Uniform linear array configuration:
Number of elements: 24
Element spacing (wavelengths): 0.75
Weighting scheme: binomial
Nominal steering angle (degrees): -45
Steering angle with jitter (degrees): -43.895
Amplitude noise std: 0.05
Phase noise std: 0.05

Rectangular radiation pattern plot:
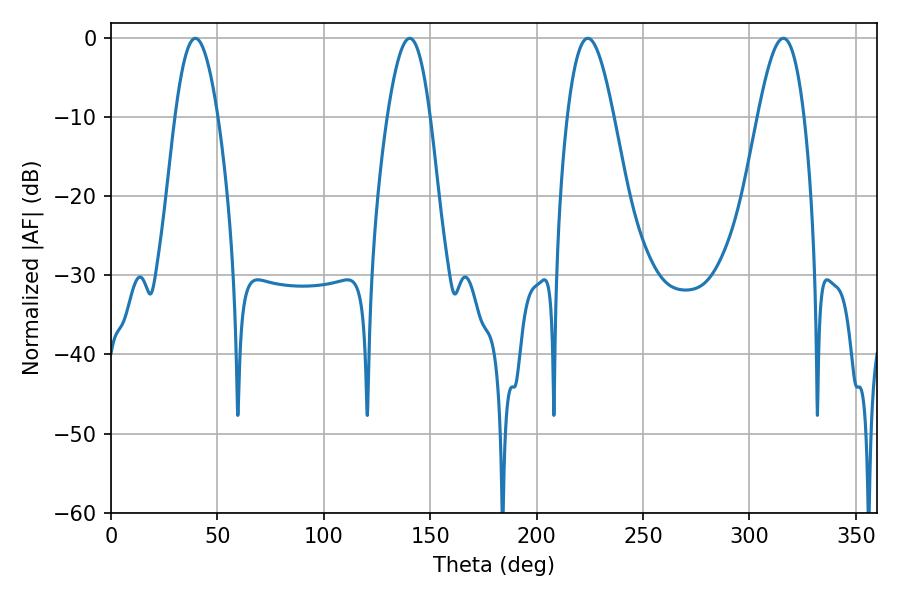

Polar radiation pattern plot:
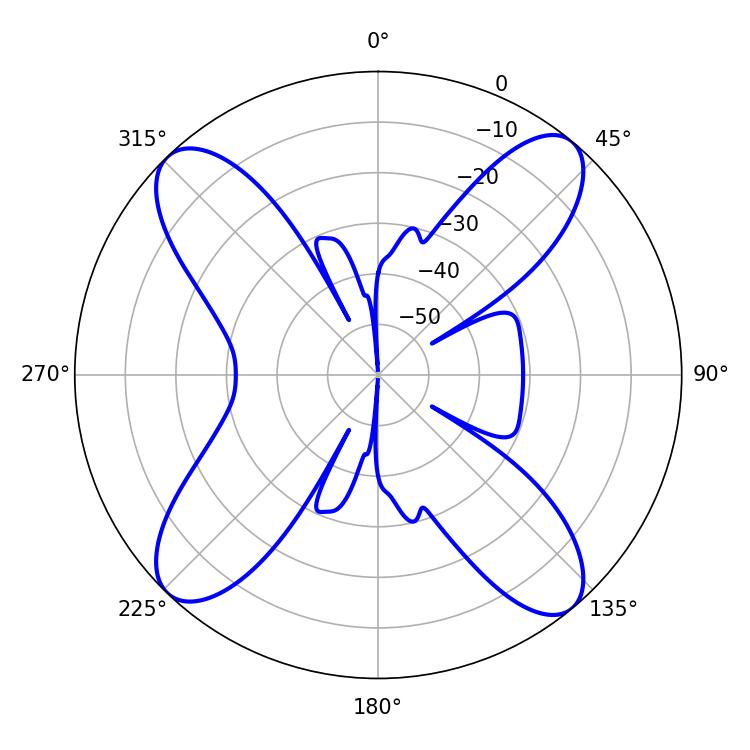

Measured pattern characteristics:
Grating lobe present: TRUE
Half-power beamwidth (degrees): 10.8
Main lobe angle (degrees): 140.4